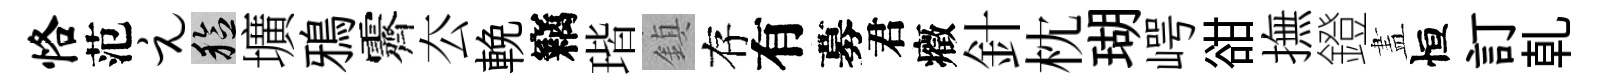
恪范元稔壙鴉霽厺輓竊瑎鎮存有募君癥針枕瑚崿𧮳撫鐙𥁞恒訂乹